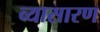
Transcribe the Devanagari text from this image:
व्यासारण